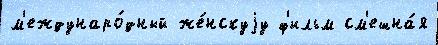
м'еждунаро́дный же́нскуjу ф'ильм см'ешна́я